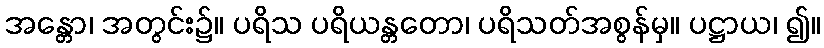
အန္တော၊ အတွင်း၌။ ပရိသ ပရိယန္တတော၊ ပရိသတ်အစွန်မှ။ ပဋ္ဌာယ၊ ၍။